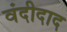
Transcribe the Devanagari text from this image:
वंदीदाद